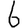
Digit: 6